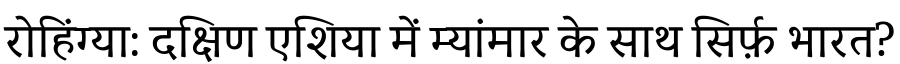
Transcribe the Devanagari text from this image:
रोहिंग्या: दक्षिण एशिया में म्यांमार के साथ सिर्फ़ भारत?